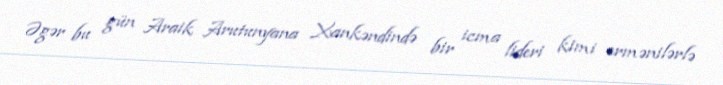
Əgər bu gün Araik Arutunyana Xankəndində bir icma lideri kimi ermənilərlə